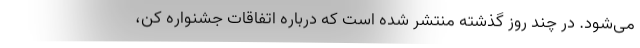
می‌شود. در چند روز گذشته منتشر شده است که درباره اتفاقات جشنواره کن،